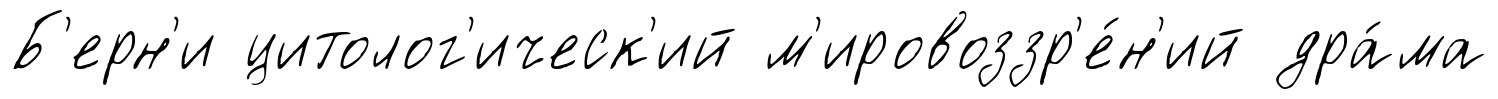
Б'ерн'и цитолог'ическ'ий м'ировоззр'е́н'ий дра́ма